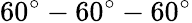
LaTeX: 60^{\circ}-60^{\circ}-60^{\circ}